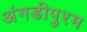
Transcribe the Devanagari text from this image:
अंगडीपुरम